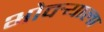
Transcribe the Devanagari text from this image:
भोवर्‍याला